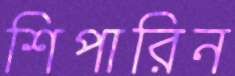
শিপারিন